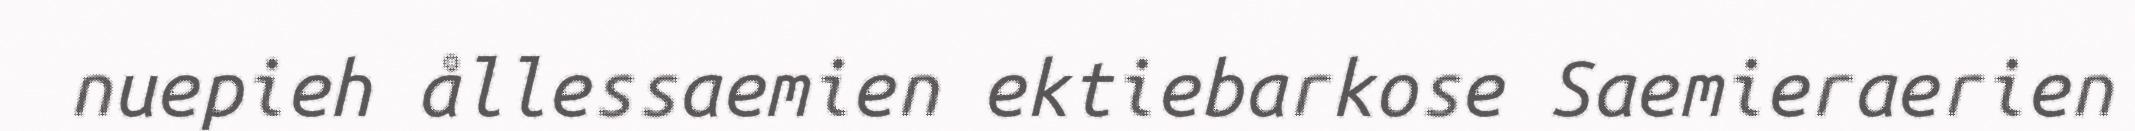
nuepieh ållessaemien ektiebarkose Saemieraerien